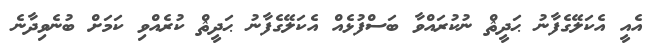
އެއީ އެކަލޭގެފާނު ޙަދީޘް ނުކުރައްވާ ބަސްފުޅެއް އެކަލޭގެފާނު ޙަދީޘް ކުރެއްވި ކަމަށް ބުނެވިދާނެ